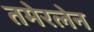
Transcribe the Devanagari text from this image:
तमेरलेन